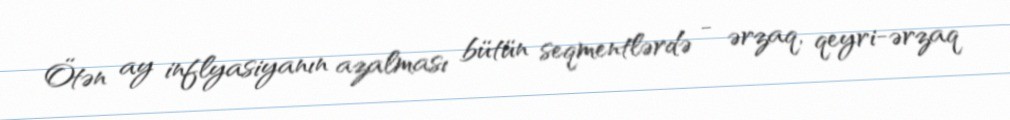
Ötən ay inflyasiyanın azalması bütün seqmentlərdə - ərzaq, qeyri-ərzaq